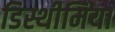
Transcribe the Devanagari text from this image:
डिस्थीमिया